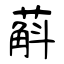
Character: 蔛